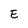
Character: E